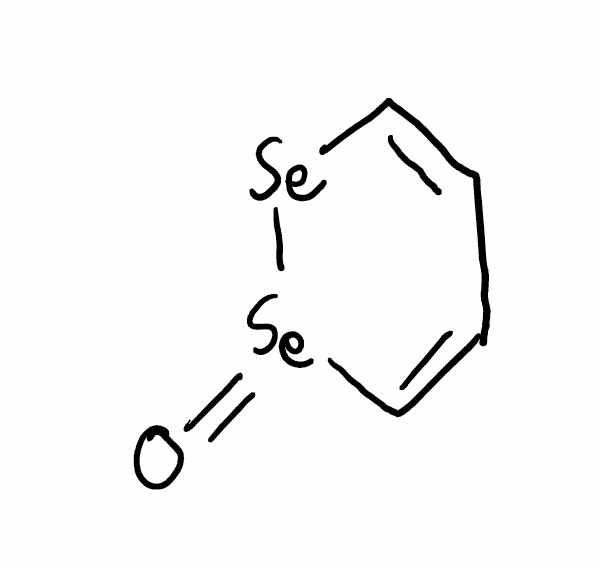
Simplified molecular-input line-entry system (SMILES) notation of the given molecule:
C1=C[Se][Se](=O)C=C1